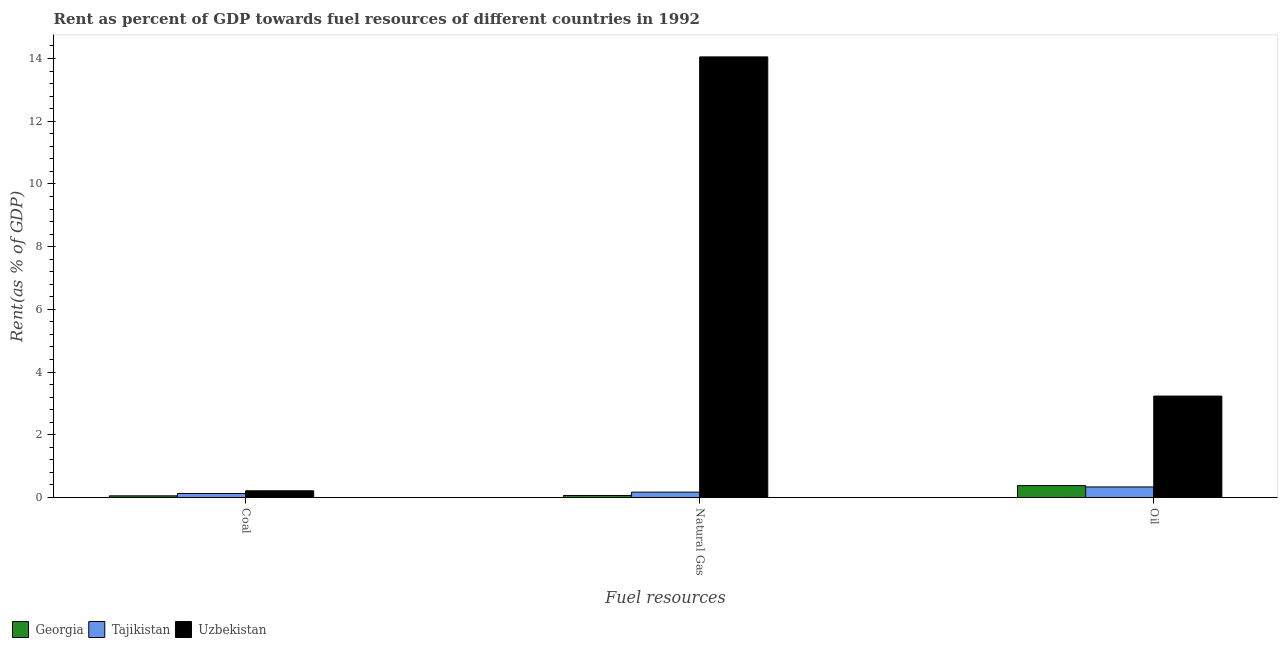
| Fuel resources | Georgia | Tajikistan | Uzbekistan |
 | --- | --- | --- | --- |
 | Coal | 0.0528 | 0.127 | 0.213 |
 | Natural Gas | 0.064 | 0.171 | 14.1 |
 | Oil | 0.379 | 0.336 | 3.23 |